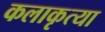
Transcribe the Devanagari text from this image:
कलाकृत्या